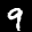
Label: 9